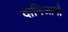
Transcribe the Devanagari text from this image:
दामिआनो